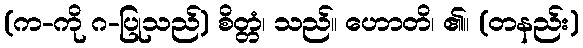
(က-ကို ဂ-ပြုသည်) စိတ္တံ၊ သည်။ ဟောတိ၊ ၏။ (တနည်း)